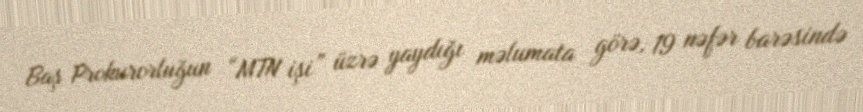
Baş Prokurorluğun “MTN işi” üzrə yaydığı məlumata görə, 19 nəfər barəsində